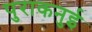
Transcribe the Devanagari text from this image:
पुराकनुई